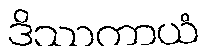
ဒိဿတာယံ